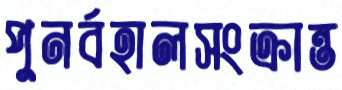
পুনর্বহালসংক্রান্ত